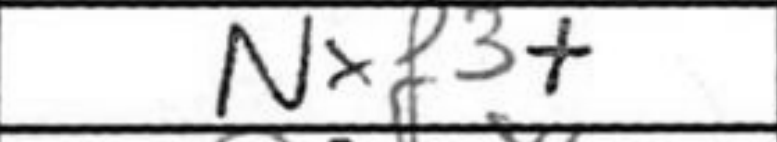
Transcription: Nxf3+